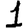
Digit: 1